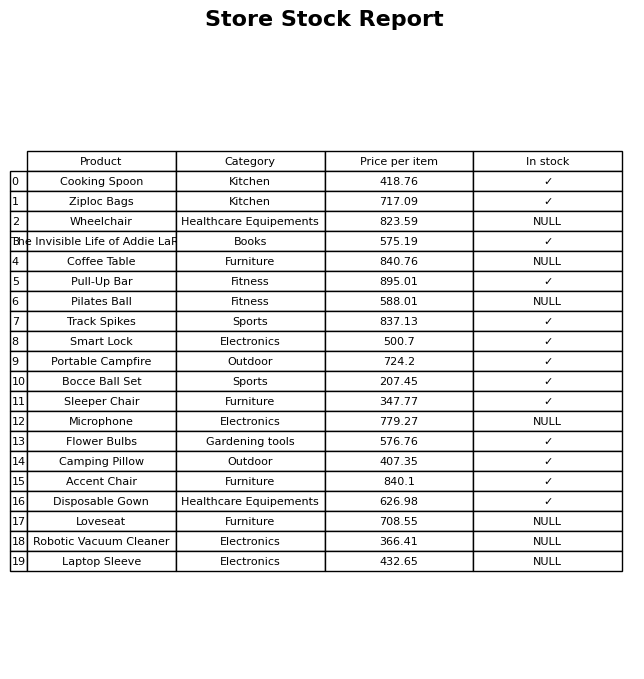
question: What is the stock status of the Pilates Ball?
answer: NULL